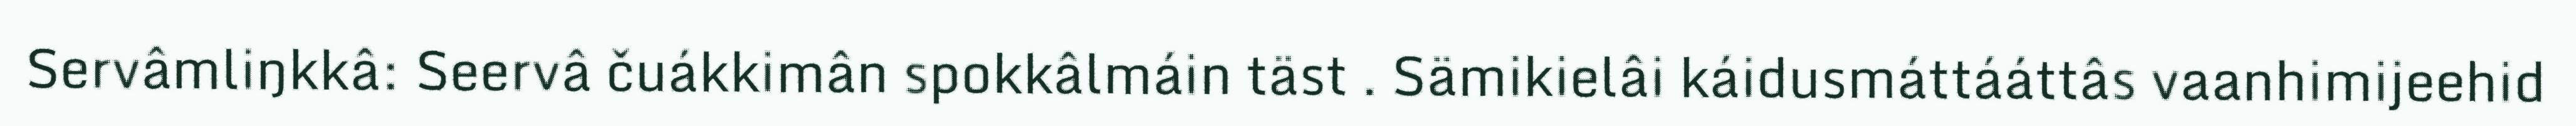
Servâmliŋkkâ: Seervâ čuákkimân spokkâlmáin täst . Sämikielâi káidusmáttááttâs vaanhimijeehid